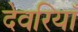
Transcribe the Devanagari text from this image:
देवरियाँ